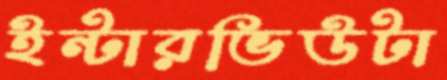
ইন্টারভিউটা